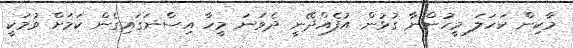
މާކިން ކަަހަލަ މީހުންނާ ގުޅުން އުފެއްދޭނީ ދެވަނަ މީހާ އިސްނަގައިގެން ކަމަށް ވުމަކީ